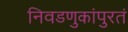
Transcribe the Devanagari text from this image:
निवडणुकांपुरतं